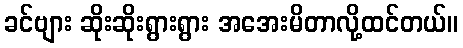
ခင်ဗျား ဆိုးဆိုးရွားရွား အအေးမိတာလို့ထင်တယ်။